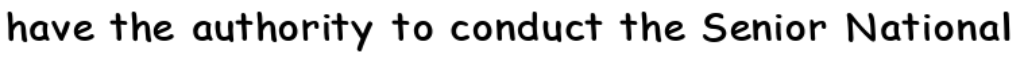
have the authority to conduct the Senior National